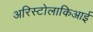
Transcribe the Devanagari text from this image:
अरिस्टोलाकिआई